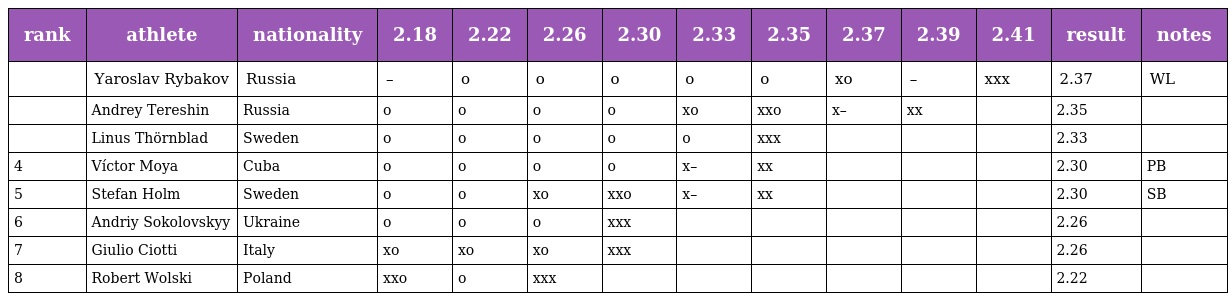
| rank | athlete | nationality | 2.18 | 2.22 | 2.26 | 2.30 | 2.33 | 2.35 | 2.37 | 2.39 | 2.41 | result | notes |
 | --- | --- | --- | --- | --- | --- | --- | --- | --- | --- | --- | --- | --- | --- |
 |  | Yaroslav Rybakov | Russia | – | o | o | o | o | o | xo | – | xxx | 2.37 | WL |
 |  | Andrey Tereshin | Russia | o | o | o | o | xo | xxo | x– | xx |  | 2.35 |  |
 |  | Linus Thörnblad | Sweden | o | o | o | o | o | xxx |  |  |  | 2.33 |  |
 | 4 | Víctor Moya | Cuba | o | o | o | o | x– | xx |  |  |  | 2.30 | PB |
 | 5 | Stefan Holm | Sweden | o | o | xo | xxo | x– | xx |  |  |  | 2.30 | SB |
 | 6 | Andriy Sokolovskyy | Ukraine | o | o | o | xxx |  |  |  |  |  | 2.26 |  |
 | 7 | Giulio Ciotti | Italy | xo | xo | xo | xxx |  |  |  |  |  | 2.26 |  |
 | 8 | Robert Wolski | Poland | xxo | o | xxx |  |  |  |  |  |  | 2.22 |  |